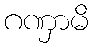
ဂဏှာမိ